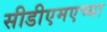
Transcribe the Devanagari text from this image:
सीडीएमएच्या